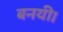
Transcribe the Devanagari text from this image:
बनयी।